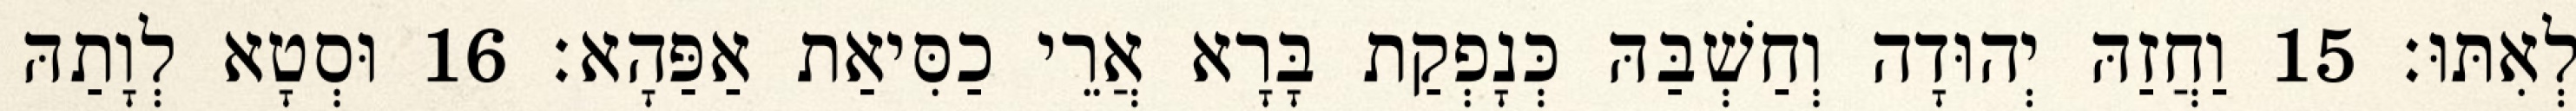
לְאִתּוּ׃ 15 וַחֲזַהּ יְהוּדָה וְחַשְׁבַּהּ כְּנָפְקַת בָּרָא אֲרֵי כַסִּיאַת אַפַּהָא׃ 16 וּסְטָא לְוָתַהּ